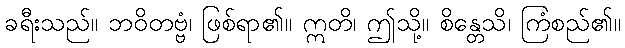
ခရီးသည်။ ဘဝိတဗ္ဗံ၊ ဖြစ်ရာ၏။ ဣတိ၊ ဤသို့။ စိန္တေသိ၊ ကြံစည်၏။